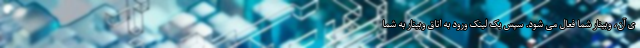
ی آن، وبینار شما فعال می شود. سپس یک لینک ورود به اتاق وبینار به شما